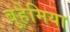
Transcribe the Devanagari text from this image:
बुहेमिया